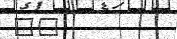
٢٩